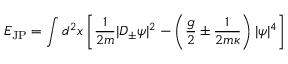
{ \cal E } _ { \mathrm { J P } } = \int d ^ { 2 } x \left[ \frac { 1 } { 2 m } | D _ { \pm } \psi | ^ { 2 } - \left( \frac { g } { 2 } \pm \frac { 1 } { 2 m \kappa } \right) | \psi | ^ { 4 } \right]